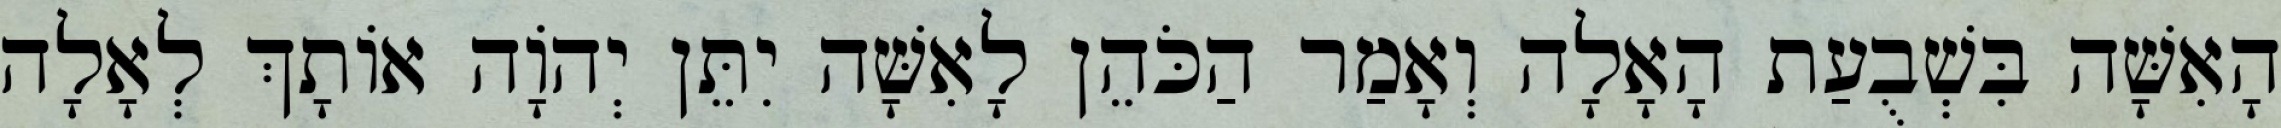
הָאִשָּׁה בִּשְׁבֻעַת הָאָלָה וְאָמַר הַכֹּהֵן לָאִשָּׁה יִתֵּן יְהוָֹה אוֹתָךְ לְאָלָה